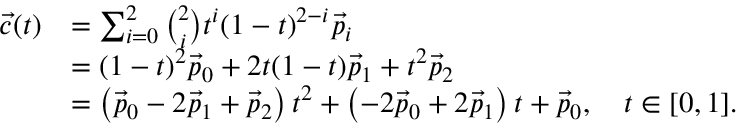
{ \begin{array} { r l } { { \vec { c } } ( t ) } & { = \sum _ { i = 0 } ^ { 2 } { \binom { 2 } { i } } t ^ { i } ( 1 - t ) ^ { 2 - i } { \vec { p } } _ { i } } \\ & { = ( 1 - t ) ^ { 2 } { \vec { p } } _ { 0 } + 2 t ( 1 - t ) { \vec { p } } _ { 1 } + t ^ { 2 } { \vec { p } } _ { 2 } } \\ & { = \left( { \vec { p } } _ { 0 } - 2 { \vec { p } } _ { 1 } + { \vec { p } } _ { 2 } \right) t ^ { 2 } + \left( - 2 { \vec { p } } _ { 0 } + 2 { \vec { p } } _ { 1 } \right) t + { \vec { p } } _ { 0 } , \quad t \in [ 0 , 1 ] . } \end{array} }